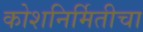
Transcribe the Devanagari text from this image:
कोशनिर्मितीचा